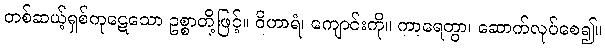
တစ်ဆယ့်ရှစ်ကုဋေသော ဥစ္စာတို့ဖြင့်။ ဝိဟာရံ၊ ကျောင်းကို။ ကာရေတွာ၊ ဆောက်လုပ်စေ၍။